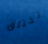
تختلق